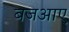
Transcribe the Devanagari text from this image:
बजआए